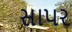
સાપર